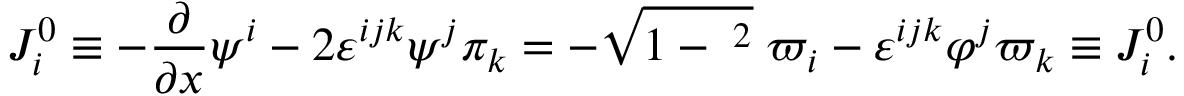
{ \cal J } _ { i } ^ { 0 } \equiv - \frac \partial { \partial x } \psi ^ { i } - 2 \varepsilon ^ { i j k } \psi ^ { j } \pi _ { k } = - \sqrt { 1 - { \bf \varphi } ^ { 2 } } \; \varpi _ { i } - \varepsilon ^ { i j k } \varphi ^ { j } \varpi _ { k } \equiv J _ { i } ^ { 0 } .